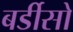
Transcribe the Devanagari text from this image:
बर्डीसो